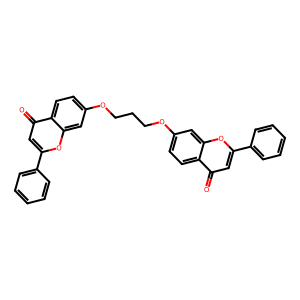
SMILES: O=c1cc(-c2ccccc2)oc2cc(OCCCOc3ccc4c(=O)cc(-c5ccccc5)oc4c3)ccc12
Inhibits HIV replication: No